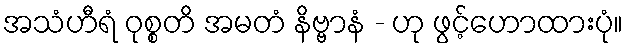
အသံဟီရံ ဝုစ္စတိ အမတံ နိဗ္ဗာနံ - ဟု ဖွင့်ဟောထားပုံ။